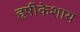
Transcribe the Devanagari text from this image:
हृषीकेशाय